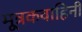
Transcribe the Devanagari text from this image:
मूत्रकवाहिनी